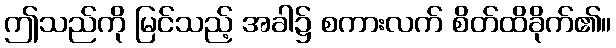
ဤသည်ကို မြင်သည့် အခါ၌ စကားလက် စိတ်ထိခိုက်၏။